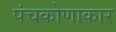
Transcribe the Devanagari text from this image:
पंचकोणाकार